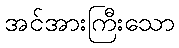
အင်အားကြီးသော